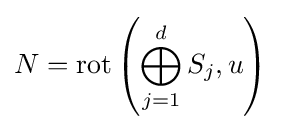
N=\operatorname {rot} \left(\bigoplus _{j=1}^{d}S_{j},u\right)